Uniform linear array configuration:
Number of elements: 8
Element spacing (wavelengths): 0.75
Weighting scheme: hamming
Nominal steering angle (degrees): -45
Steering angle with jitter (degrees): -44.237
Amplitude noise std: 0.05
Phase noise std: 0.05

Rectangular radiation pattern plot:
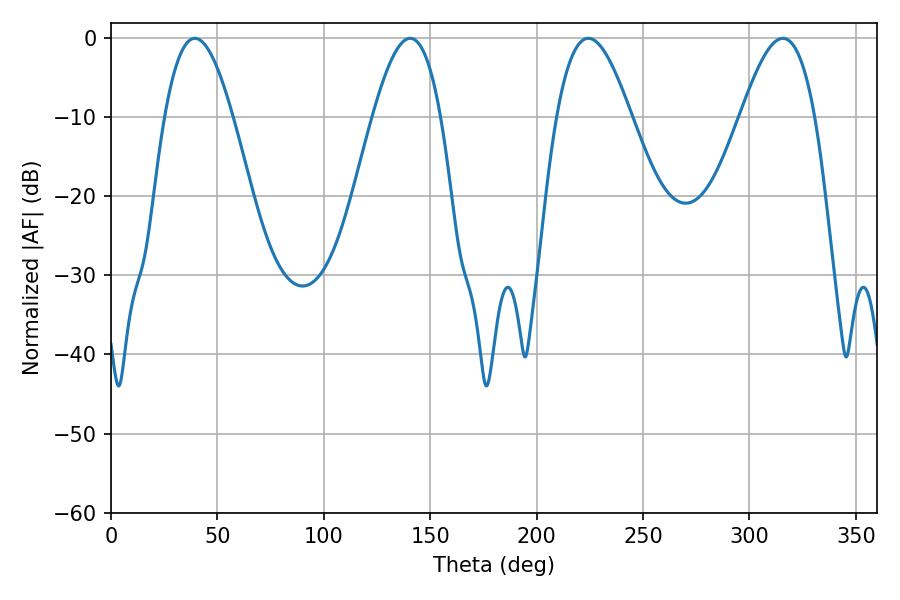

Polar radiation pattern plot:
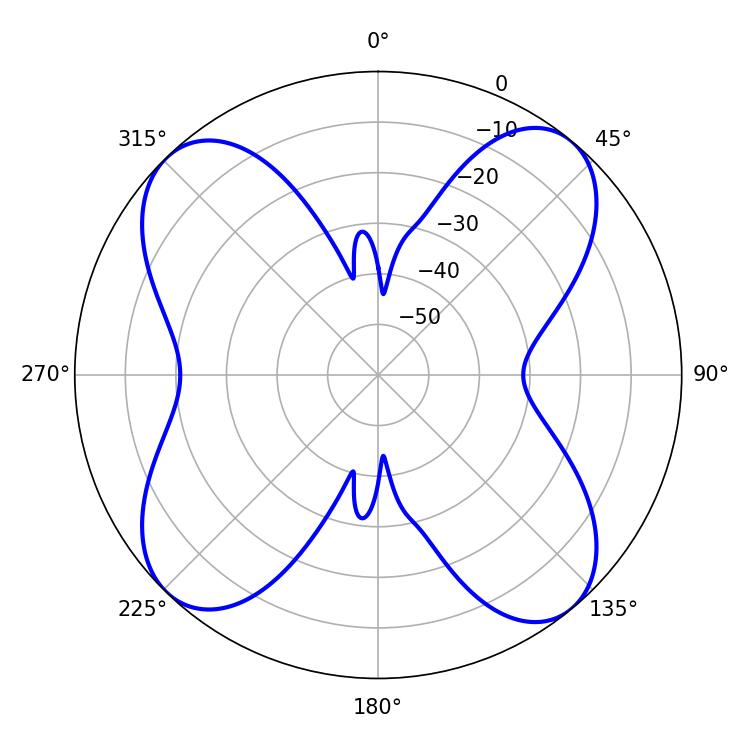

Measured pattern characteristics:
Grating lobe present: TRUE
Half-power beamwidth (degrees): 17.28
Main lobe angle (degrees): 39.42